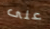
على